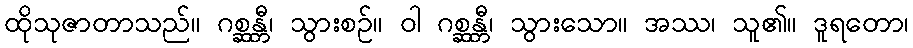
ထိုသုဇာတာသည်။ ဂစ္ဆန္တီ၊ သွားစဉ်။ ဝါ ဂစ္ဆန္တီ၊ သွားသော။ အဿ၊ သူ၏။ ဒူရတော၊